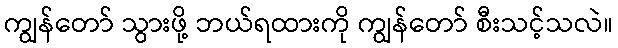
ကျွန်တော် သွားဖို့ ဘယ်ရထားကို ကျွန်တော် စီးသင့်သလဲ။